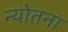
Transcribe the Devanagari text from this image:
न्योतना